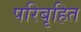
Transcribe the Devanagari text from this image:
परिबृहित